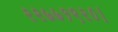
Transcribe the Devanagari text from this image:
२२७७१९२०।